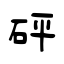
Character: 砰